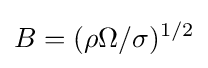
B=(\rho \Omega /\sigma )^{1/2}